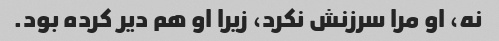
نه، او مرا سرزنش نکرد، زیرا او هم دیر کرده بود.